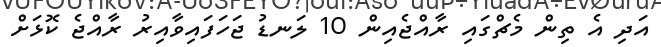
އަދި އެ ތިން މެޗްގައި ރާއްޖެއިން 10 ލަނޑު ޖަހަފައިވާއިރު ރާއްޖެ ކޮޅަށް